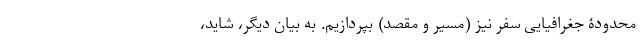
محدودۀ جغرافیایی سفر نیز (مسیر و مقصد) بپردازیم. به بیان دیگر، شاید،